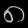
Digit: ၈